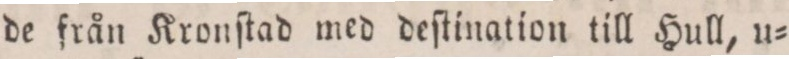
de från Kronſtad med deſtination till Hull, u=